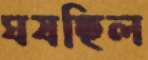
ঘষছিল